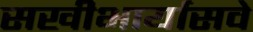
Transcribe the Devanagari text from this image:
सखीभार्यासवे